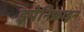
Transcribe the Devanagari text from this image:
इपेनिफ्राइन